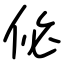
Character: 佖